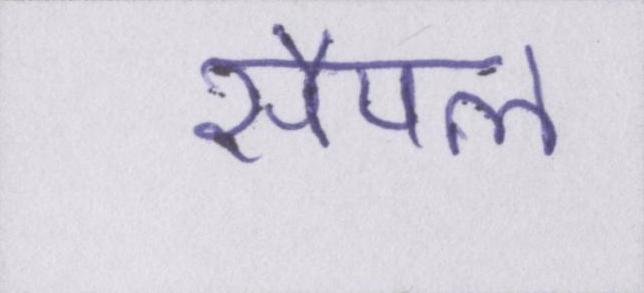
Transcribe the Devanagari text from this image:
सैंपल